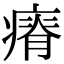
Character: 瘠